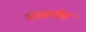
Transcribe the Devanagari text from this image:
वायपेय